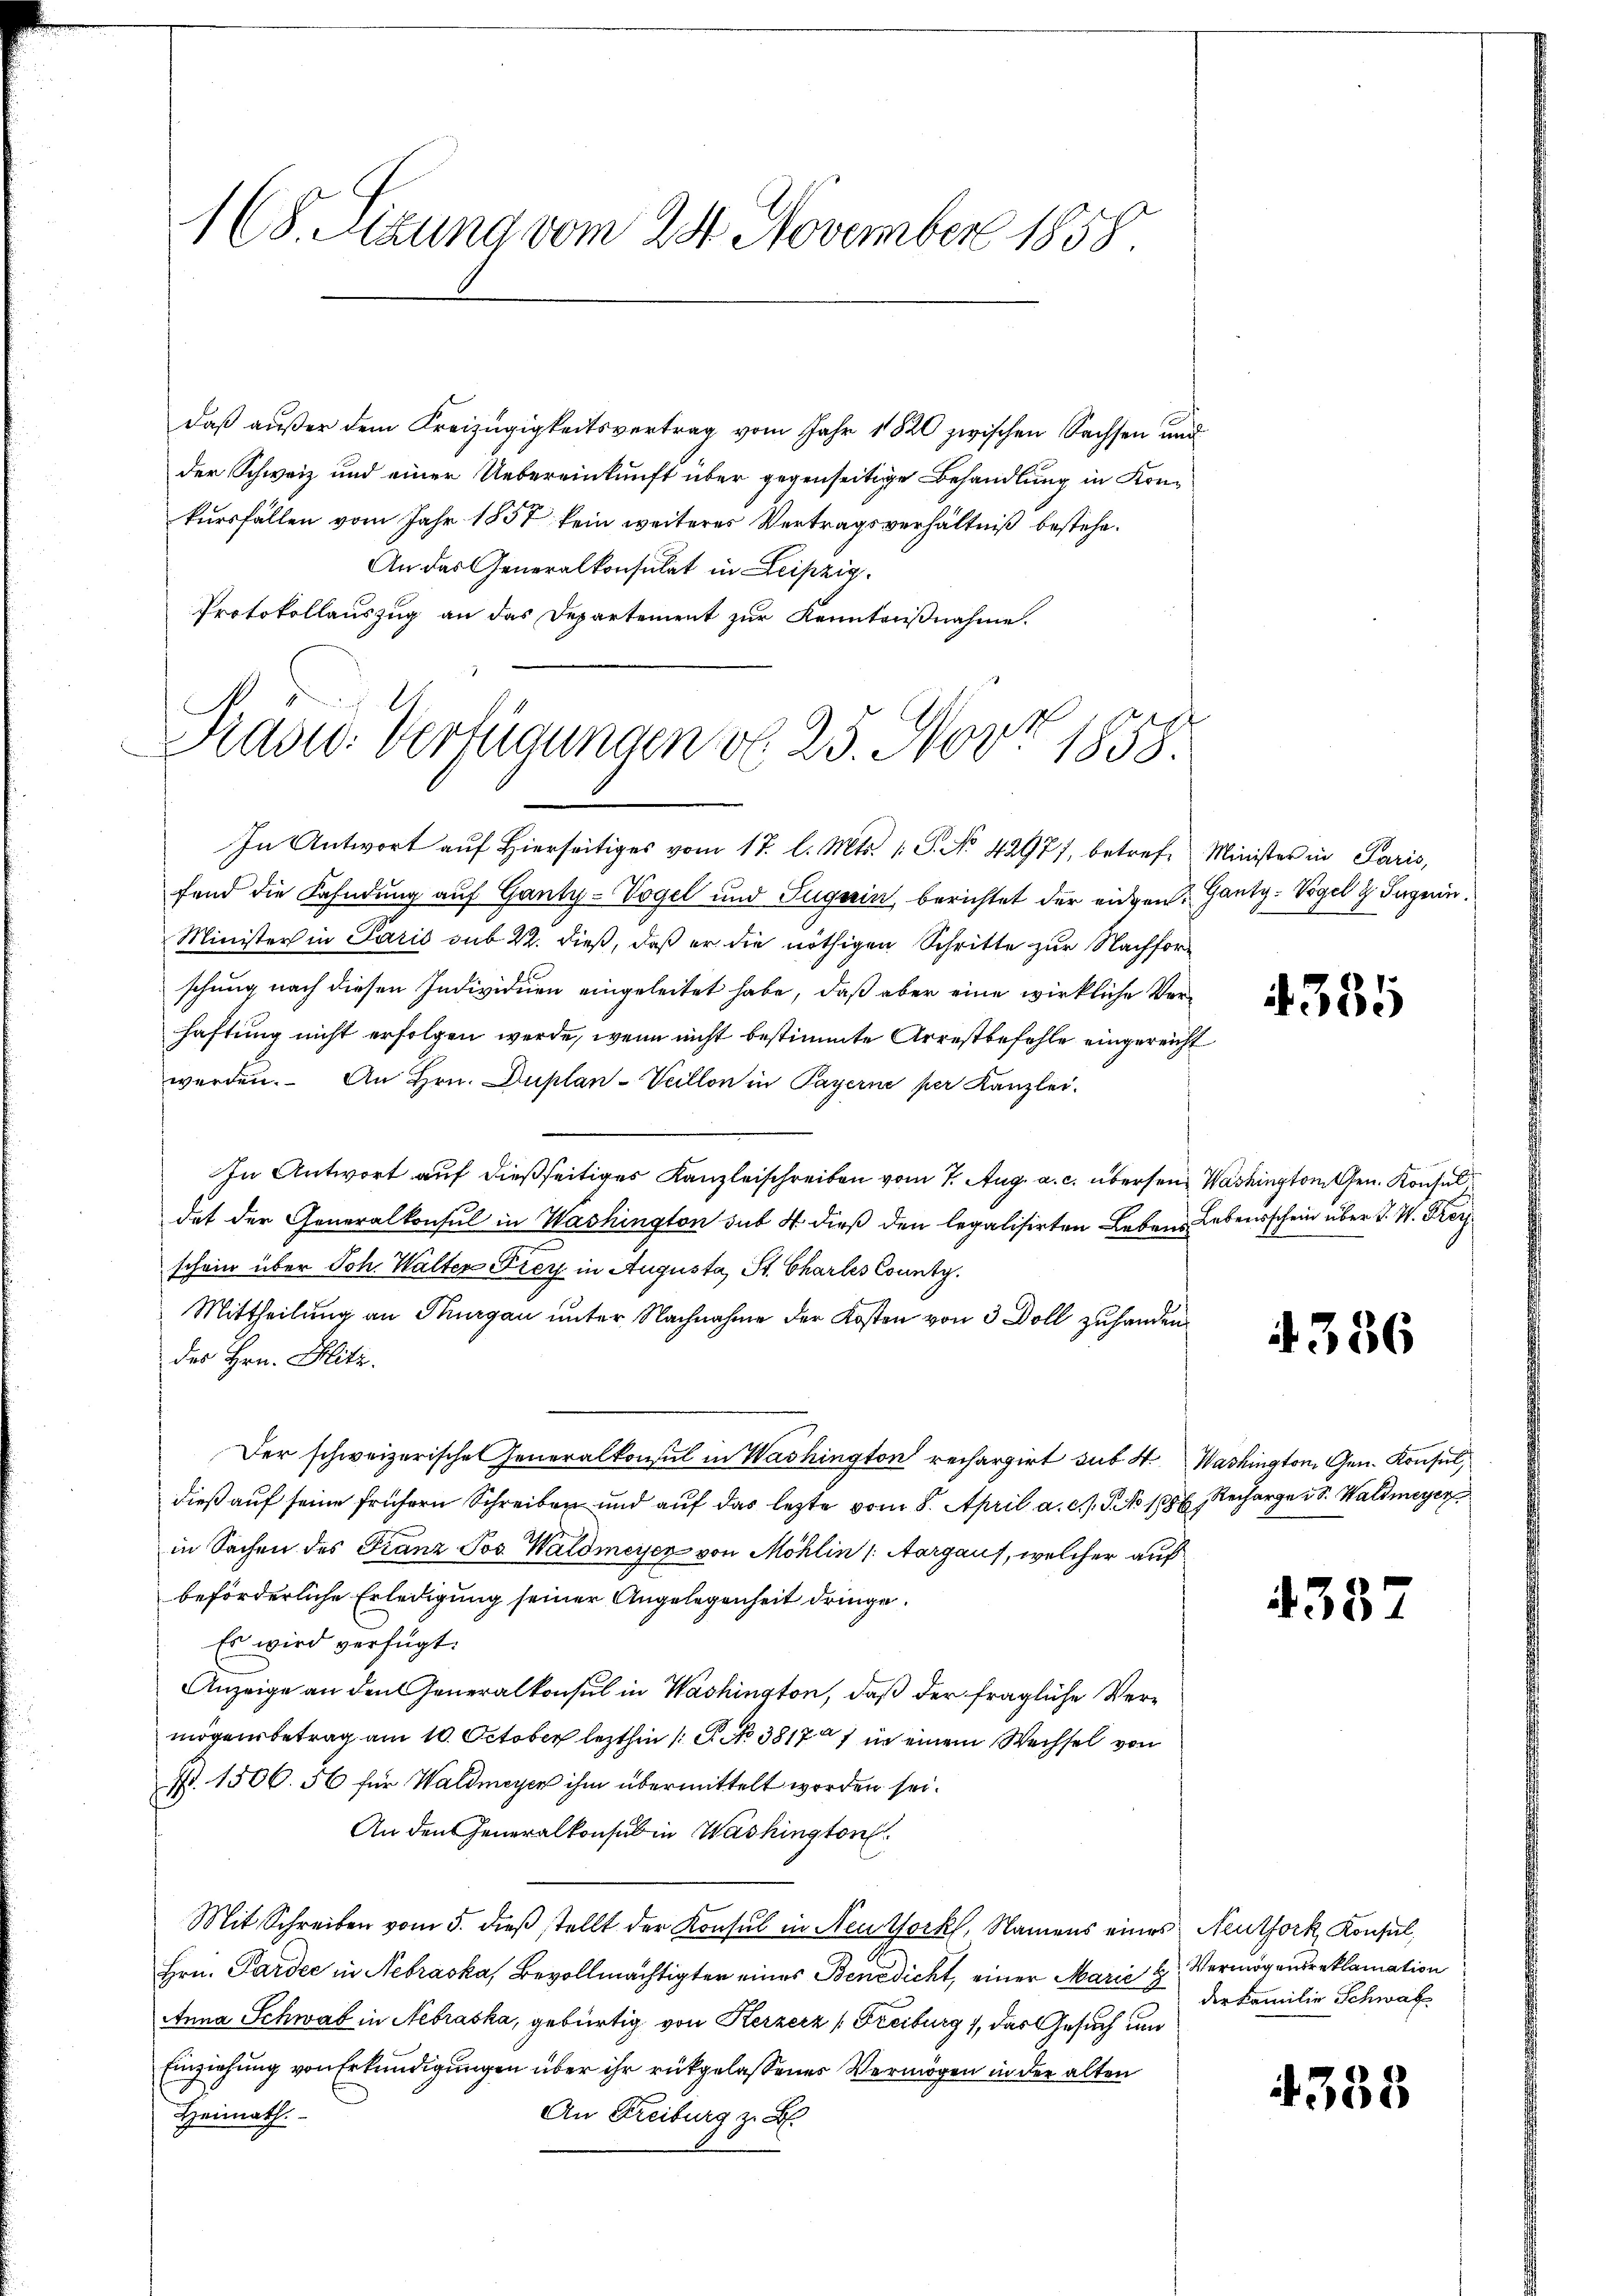
1(8. Sizung vom 24. November 1858.

Daß außer dem Kreizügigkeitsvertrag vom Jahr 1820 zwischen Sachsen und
der Schweiz und einer Uebereinkunft über gegenseitige Behandlung in Konkursfällen vom Jahr 1857 kein weiteres Vertragsverhältniß bestehe.
An das Generalkonsulat in Leipzig.
Protokollauszug an das Departement zur Kenntnißnahme.
In Antwort aŭf hierseitiges vom 17. l. Mts. 1 S. No. 42977, betreff Minister in Paris,
fend die Fahndung auf Ganty-Vogel und Tugerin, berichtet der eidgen. Gantg-Vogel 2. Ingen.
Minister in Paris sub 22. dieß, daß er die nöthigen Schritte zur Nachforschung nach diesen Individuen eingeleitet habe, daß aber eine wirkliche Verhaftung nicht erfolgen werde, wenn nicht bestimmte Arrestbefehle eingereicht
werden. An Hrn. Duplan-Veillon in Payerne per Kanzlei.
In Antwort auf dießseitiges Kanzleischreiben vom 7. Aug. a. c. übersein Washington Gen. Konsul
dat der Generalkonsul in Washington sub 4 dieß den legalisirten Leben Lebensschein über J. W. Frey
schein über Joh. Walter Frey in Augusta, St. Chartes County.
Mittheilung an Thurgau unter Nachnahme der Kosten von 3 Doll zuhanden
des Hrn. Blitz.
Der schweizerische Generalkonsul in Washington rechargirt sub A. Washington Gen. Konsul
dieß auf seine frühern Schreiben und auf das lezte vom 8. April a. c. J. J. No 108. Recharge i S. Waldmeyer
in Sachen des Franz Jos. Waldmeyer von Möhlin (Aargaus, welcher auf
beförderliche Erledigung seiner Angelegenheit dringe.
Es wird verfügt:
Anzeige an den Generalkonsul in Washington, daß der fragliche Vermögensbetrag am 10. October lezthin 1 S. No 38177 in einem Wechsel von
Nr. 1506. 56 für Waldmeyer ihm übermittelt worden sei.
An den Generalkonsul in Washington
Mit Schreiben vom 5. dieβ stellt der Konsul in Neuthock, Namens eines Neuthork, Konsul,
Hrn. Pardee in Nebraska, Bevollmächtigter eines Benedicht, einer Marie g
Anna Schwab in Nebraska, gebürtig von Kerzerz (Freiburg 1, das Gesuch un
Einziehung von Erkundigungen über ihr rückgelassenes Vermögen in der alten
Heimath.
An Freiburg z. B.

Prasw. Verfügungen v. 25. Nov. 1858.

4335

4336

4387

Vermögensreklamation
der Familie Schwab

4338